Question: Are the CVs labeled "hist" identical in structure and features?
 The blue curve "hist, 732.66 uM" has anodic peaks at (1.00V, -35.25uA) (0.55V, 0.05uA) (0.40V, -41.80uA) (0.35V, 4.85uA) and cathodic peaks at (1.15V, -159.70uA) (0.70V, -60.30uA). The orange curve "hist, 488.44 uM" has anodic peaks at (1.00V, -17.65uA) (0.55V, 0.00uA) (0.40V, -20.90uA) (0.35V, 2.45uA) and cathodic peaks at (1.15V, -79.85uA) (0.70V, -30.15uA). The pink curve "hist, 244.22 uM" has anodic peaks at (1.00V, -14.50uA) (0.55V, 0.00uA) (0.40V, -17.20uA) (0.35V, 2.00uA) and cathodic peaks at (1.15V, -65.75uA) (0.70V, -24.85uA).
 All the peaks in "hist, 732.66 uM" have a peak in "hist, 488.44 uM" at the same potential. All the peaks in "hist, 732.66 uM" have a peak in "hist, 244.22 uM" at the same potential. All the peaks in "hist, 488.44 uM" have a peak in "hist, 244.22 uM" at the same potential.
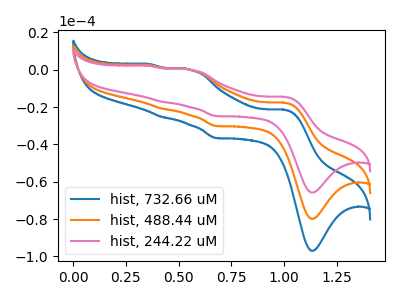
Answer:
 <answer>All the CV's of "hist" have similar shape.</answer>
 <eval>follow_rule</eval>